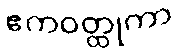
ဧကဝတ္ထုကာ